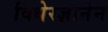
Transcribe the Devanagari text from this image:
विधेरज्ञानेन